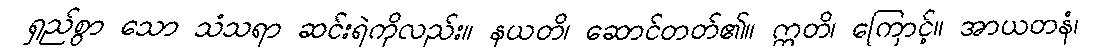
ရှည်စွာ သော သံသရာ ဆင်းရဲကိုလည်း။ နယတိ၊ ဆောင်တတ်၏။ ဣတိ၊ ကြောင့်။ အာယတနံ၊